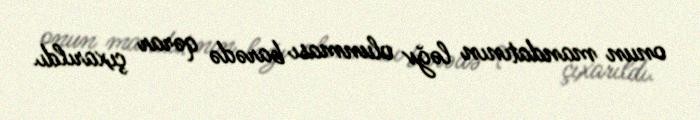
onun mandatının ləğv olunması barədə qərar çıxarıldı.